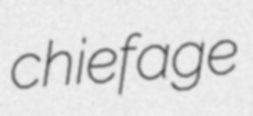
chiefage